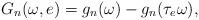
LaTeX: \begin{align*}G_n(\omega,e)= g_n(\omega)-g_n(\tau_e\omega),\end{align*}